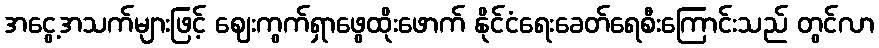
အငွေ့အသက်များဖြင့် ဈေးကွက်ရှာဖွေထိုးဖောက် နိုင်ငံရေးခေတ်ရေစီးကြောင်းသည် တွင်လာ